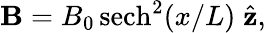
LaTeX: {\mathbf B}=B_{0}\, \mathrm{sech}^{2}(x/L)\; {\hat{\mathbf z}},